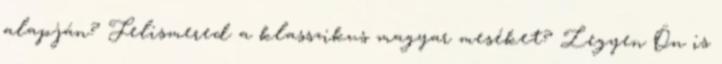
alapján? Felismered a klasszikus magyar meséket? Legyen Ön is